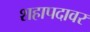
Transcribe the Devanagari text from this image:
शहापदावर